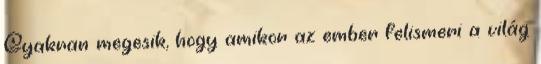
Gyakran megesik, hogy amikor az ember felismeri a világ